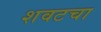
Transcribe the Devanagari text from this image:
शवटचा